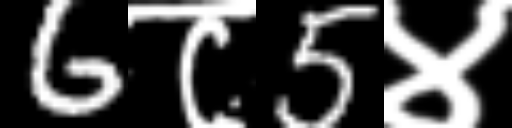
Text: 6८5४